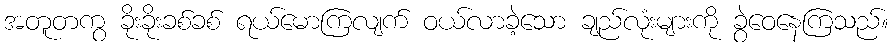
အတူတကွ ခိုးခိုးခစ်ခစ် ရယ်မောကြလျက် ဝယ်လာခဲ့သော ချည်လုံးများကို ခွဲဝေနေကြသည်။